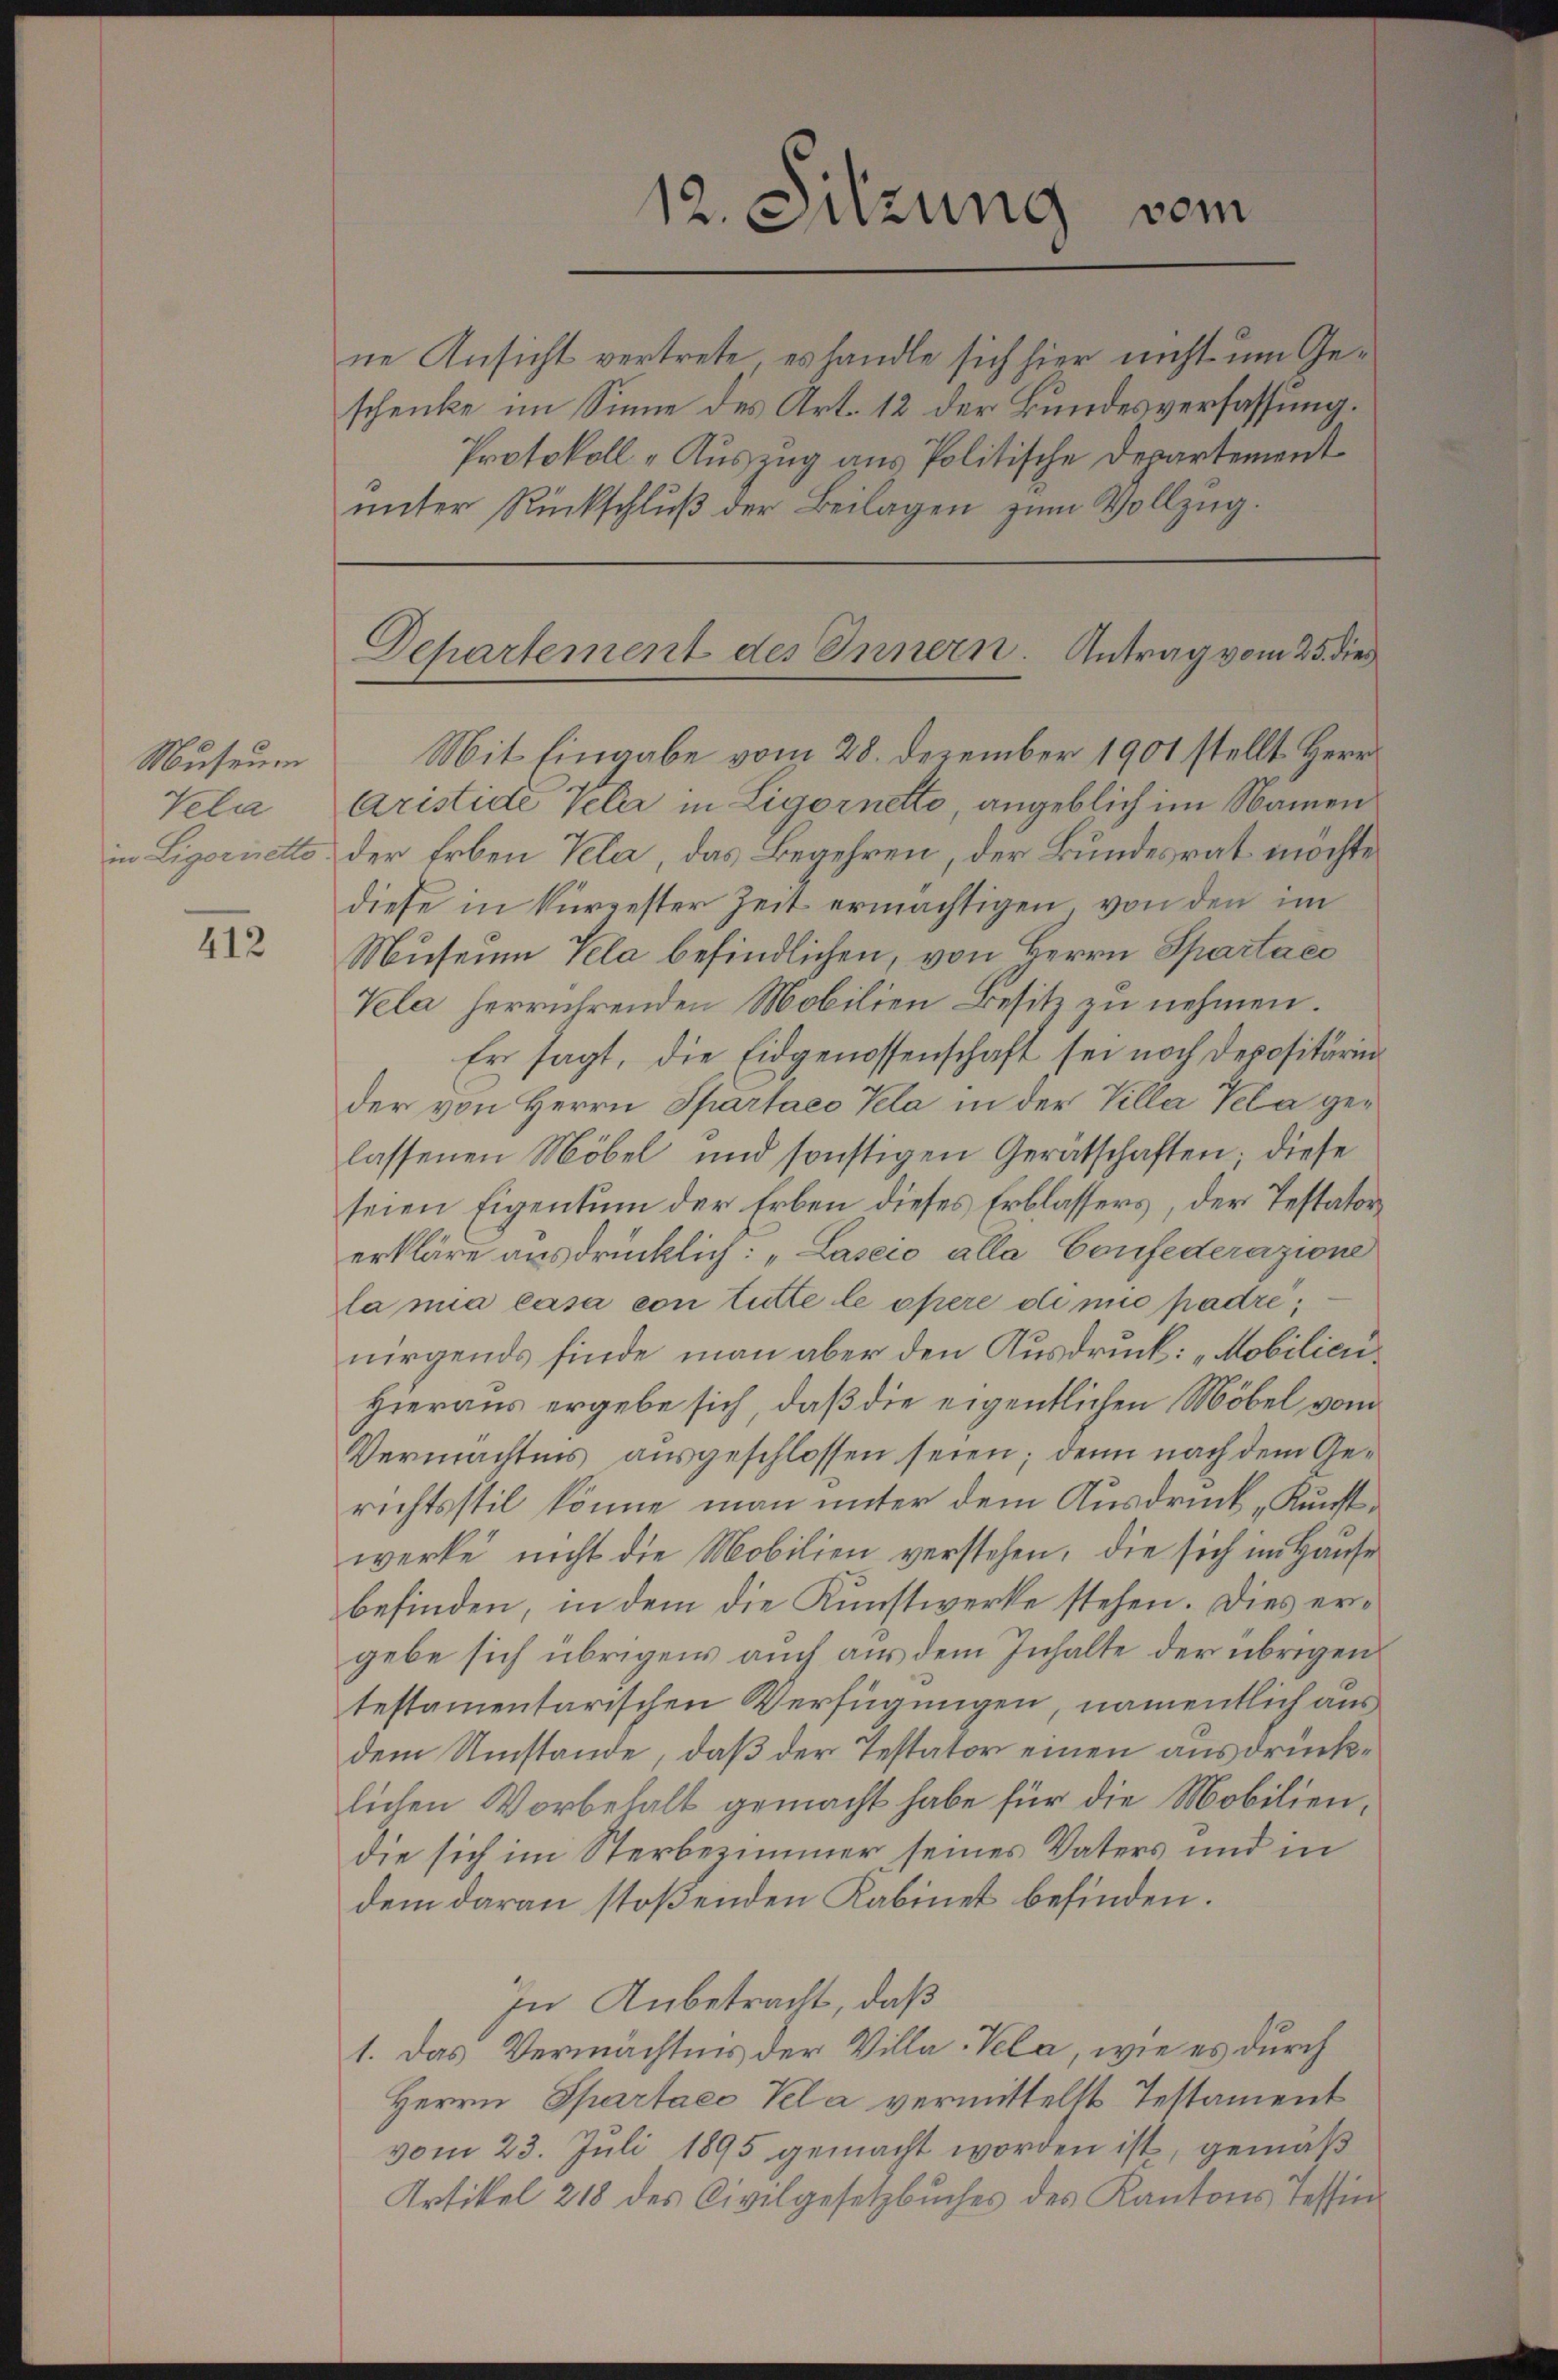
Museum
Vela
in Ligoriette

412

12. Sitzung vom

ne Ansicht vertrete es handle sich hier nicht um Geschenke im Sinne des Art. 12 der Bundesverfassung.
Protokoll-Auszug aus Politische Departement
ŭnter Rückschlŭβ der Beilagen zŭm Vollzŭg.

Mit Eingabe vom 28. Dezember 1901 stellt Herr
Aristide Vela in Ligornetto angeblich im Namen
der Erben Kla, das Begehren, der Bundesrat möchte
diese in kürzester Zeit ermächtigen von den im
Museum Kela befindlichen, von Herrn Spartaec
Vela herrührenden Mobilien Besitz zu nehmen.
Er sagt, die Eidgenossenschaft sei noch Depositärin
der von Herrn Spartaeo Kela in der Villa Kela ger
lassenen Möbel und sonstigen Gerätschaften; diese
seien Eigentum der Erben dieses Erblassers, der Testator
erkläre ausdrücklich: „Laseco alla Confederazione
la na casa con tutte le opere die muo padre,
nirgends finde man aber den Ausdruck: „Mobilien¬
Hieraus ergebe sich, daß die eigentlichen Möbel vom
Vermächtnis ausgeschlossen seien; denn nach dem Gerichtsstil könne man unter dem Ausdruck „Kunst.
werke nicht die Mobilien verstehen, die sich im Hause
befinden, in dem die Kunstwerke stehen. Dies ergebe sich übrigens auch aus dem Inhalte der übrigen
testamentarischen Verfügungen, namentlich aus
dem Umstände, daß der Testator einen ausdrücklichen Vorbehalt gemacht habe für die Mobiliendie sich im Sterbezimmer seines Vaters und in
dem daran stoßenden Kabinet befinden.
In Anbetracht, daß
1. Das Vermächtnis der Villa-Vela, wie es durch
Herrn Spartaeo Kela vermittelst Testament
vom 23. Juli 1895 gemacht worden ist, gemäß
Artikel 218 des Civilgesetzbuches des Kantons Tessin

Departement des Innern. Antrag vom 25. dies